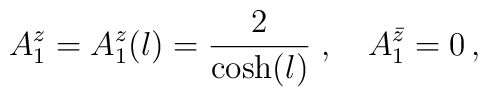
A_1^z=A^z_1(l)=\frac{2}{\cosh(l)}\;,\quad A_1^{\bar{z}}=0\,,